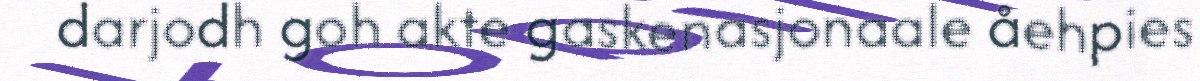
darjodh goh akte gaskenasjonaale åehpies